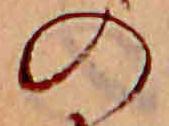
の